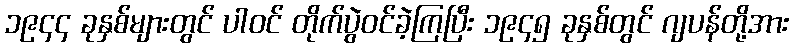
၁၉၄၄ ခုနှစ်များတွင် ပါဝင် တိုက်ပွဲဝင်ခဲ့ကြပြီး ၁၉၄၅ ခုနှစ်တွင် ဂျပန်တို့အား